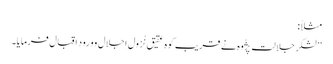
مثلاً :
’’لشکرِ جلالت پَژُوہ نے قریبِ کوہِ عقیق نُزولِ اِجلال وورودِ اقبال فرمایا۔